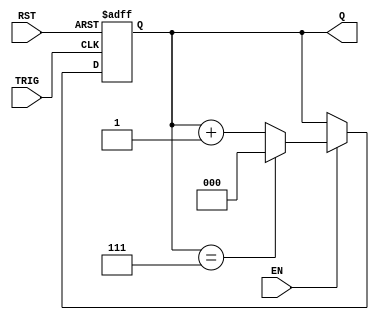
module mod_n_async_counter (
    input wire EN,        // Enable signal
    input wire RST,       // Reset signal
    input wire TRIG,      // Trigger input signal for counting
    output reg [2:0] Q    // 3-bit output for Mod-8 counter
);

// Asynchronous reset, counting logic
always @(posedge TRIG or posedge RST) begin
    if (RST) begin
        Q <= 3'b000; // Reset counter to 0
    end else if (EN) begin
        if (Q == 3'b111) begin
            Q <= 3'b000; // Reset to 0 after reaching Mod-8
        end else begin
            Q <= Q + 1'b1; // Increment counter
        end
    end
end

endmodule